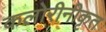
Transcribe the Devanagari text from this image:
कलोरीनीकृत